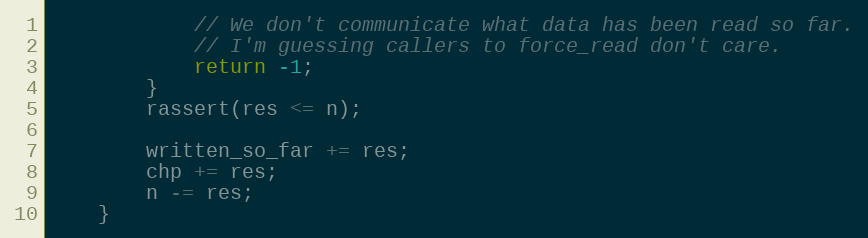
Language: C++
            // We don't communicate what data has been read so far.
            // I'm guessing callers to force_read don't care.
            return -1;
        }
        rassert(res <= n);

        written_so_far += res;
        chp += res;
        n -= res;
    }